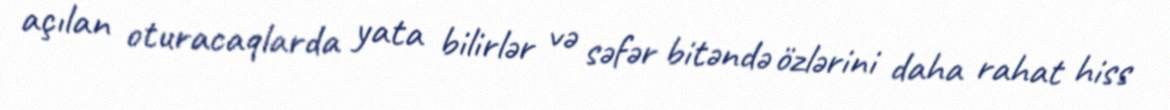
açılan oturacaqlarda yata bilirlər və səfər bitəndə özlərini daha rahat hiss